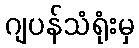
ဂျပန်သံရုံးမှ